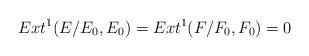
LaTeX: \begin{align*} Ext^1(E\slash E_0, E_0)=Ext^1( F\slash F_0,F_0)=0 \end{align*}